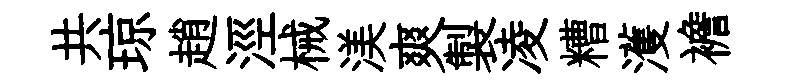
共琼趙涇械渼爽製凌糟濩襜